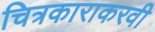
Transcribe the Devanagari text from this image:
चित्रकाराकरवी